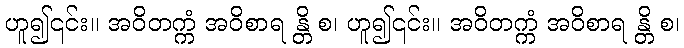
ဟူ၍၎င်း။ အဝိတက္ကံ အဝိစာရ န္တိ စ၊ ဟူ၍၎င်း။ အဝိတက္ကံ အဝိစာရ န္တိ စ၊